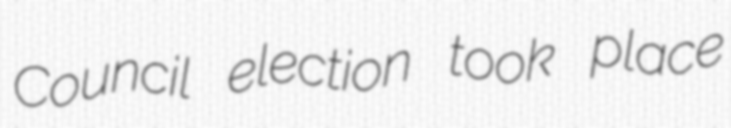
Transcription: Council election took place